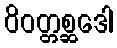
ဝိဝတ္တစ္ဆဒေါ